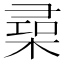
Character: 𣕠